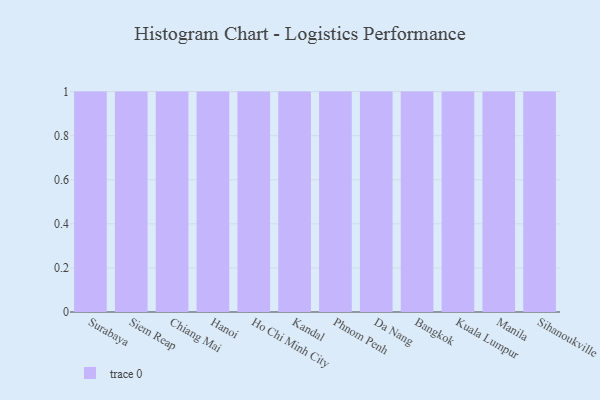
{"axis": {"x": "City", "y": "Backlog"}, "legend": [""], "data": [{"x": "Surabaya", "y": 2, "type": ""}, {"x": "Siem Reap", "y": 56, "type": ""}, {"x": "Chiang Mai", "y": 41, "type": ""}, {"x": "Hanoi", "y": 39, "type": ""}, {"x": "Ho Chi Minh City", "y": 56, "type": ""}, {"x": "Kandal", "y": 95, "type": ""}, {"x": "Phnom Penh", "y": 93, "type": ""}, {"x": "Da Nang", "y": 69, "type": ""}, {"x": "Bangkok", "y": 7, "type": ""}, {"x": "Kuala Lumpur", "y": 29, "type": ""}, {"x": "Manila", "y": 86, "type": ""}, {"x": "Sihanoukville", "y": 38, "type": ""}]}